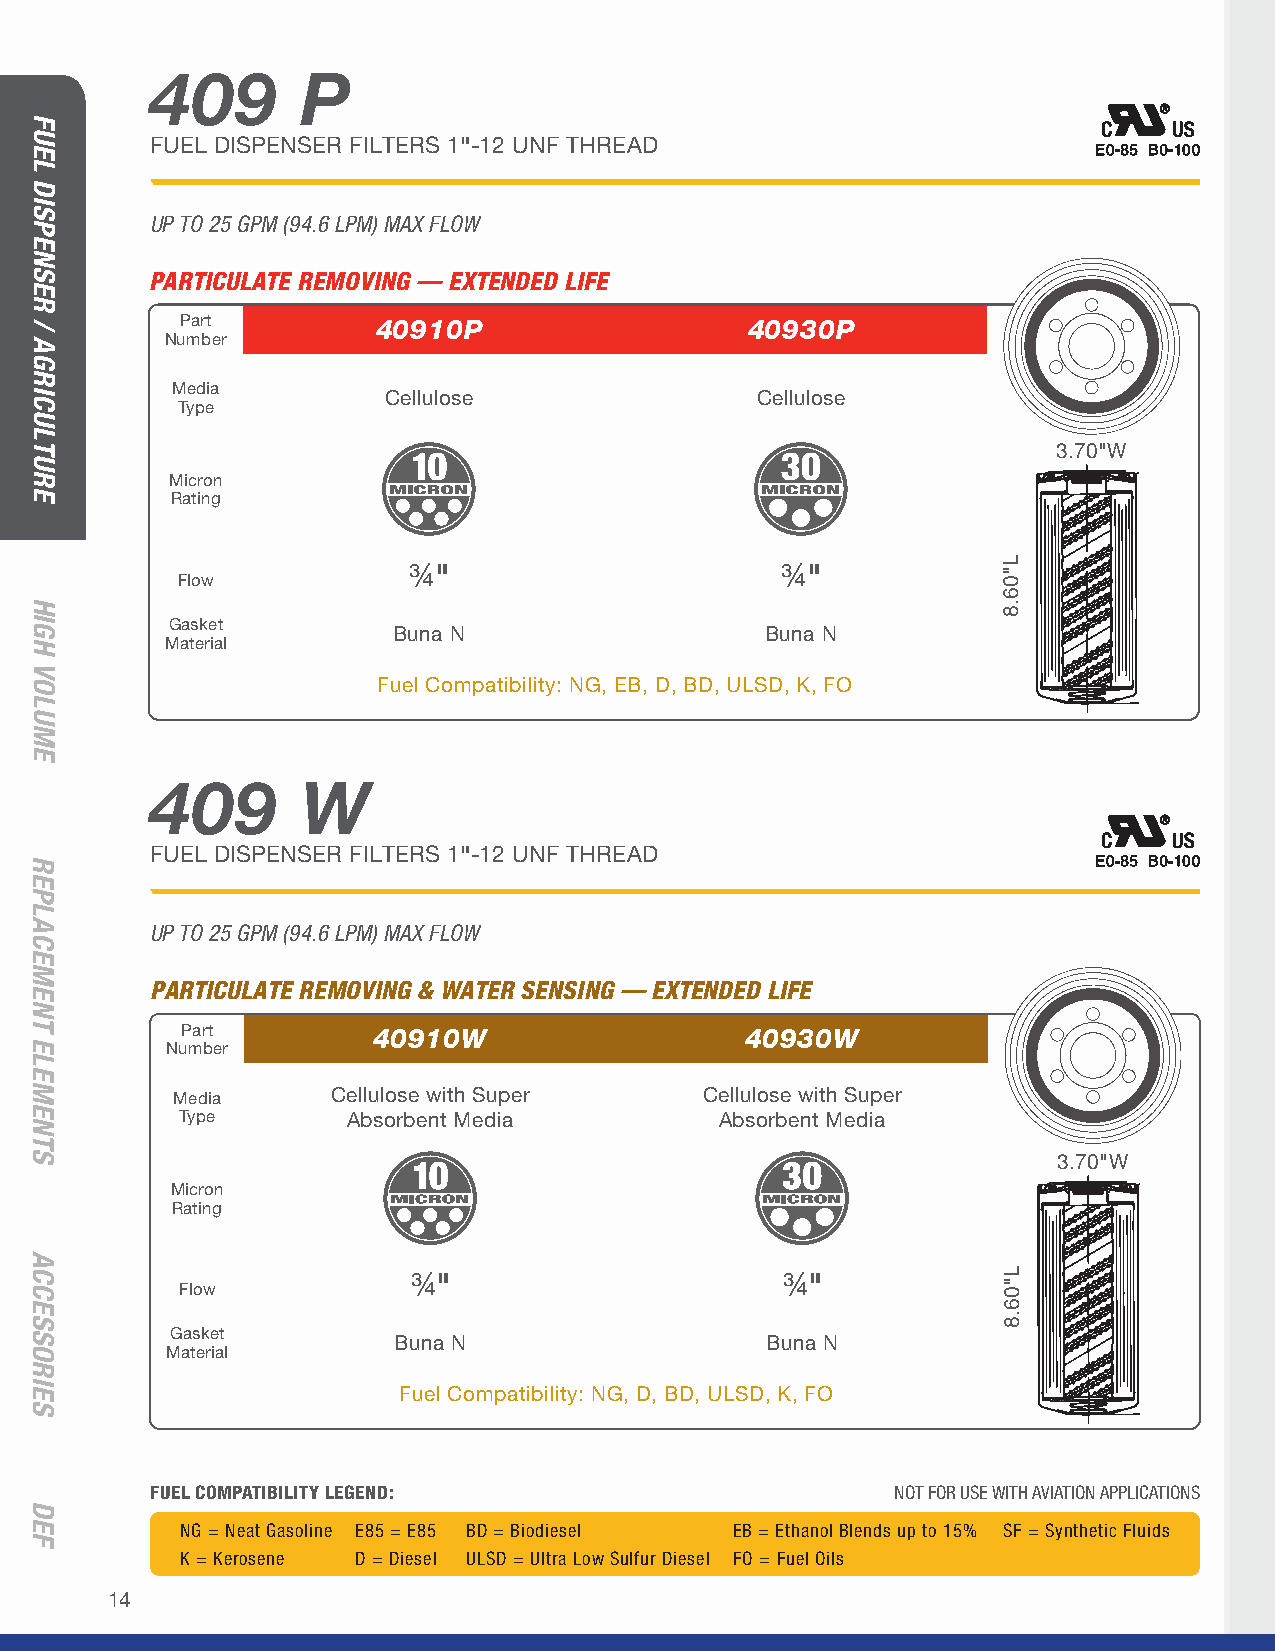
409       P
 FUEL DISPENSER FILTERS 1"-12 UNF THREAD
 UP TO 25 GPM (94.6 LPM) MAX FLOW
 PARTICULATE REMOVING — EXTENDED LIFE
 Part         40910P                  40930P
 Number
 Media
 Cellulose                Cellulose
 Type
 3.70"W
 Micron
 Rating
 ¾"                       ¾"
 Flow
 3.70
 Gasket
 Buna N                   Buna N
 Material
 Fuel Compatibility: NG, EB, D, BD, ULSD, K, FO
 409       W
 FUEL DISPENSER FILTERS 1"-12 UNF THREAD
 UP TO 25 GPM (94.6 LPM) MAX FLOW
 PARTICULATE REMOVING & WATER SENSING — EXTENDED LIFE
 Part         40910W                  40930W
 Number
 Media      Cellulose with Super     Cellulose with Super
 Type       Absorbent Media          Absorbent Media
 3.70"W
 Micron
 Rating
 ¾"                       ¾"
 Flow
 3.70
 Gasket
 Buna N                   Buna N
 Material
 Fuel Compatibility: NG, D, BD, ULSD, K, FO
 FUEL COMPATIBILITY LEGEND:                       NOT FOR USE WITH AVIATION APPLICATIONS
 NG = Neat Gasoline E85 = E85 BD = Biodiesel EB = Ethanol Blends up to 15% SF = Synthetic Fluids
 K = Kerosene D = Diesel ULSD = Ultra Low Sulfur Diesel FO = Fuel Oils
 14
 FUEL
 DISPENSER
 /
 AGRICULTURE
 HIGH
 VOLUME
 REPLACEMENT
 ELEMENTS
 ACCESSORIES
 DEF
 L"06.8
 L"06.8